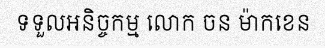
ទទួលអនិច្ចកម្ម លោក ចន ម៉ាកខេន